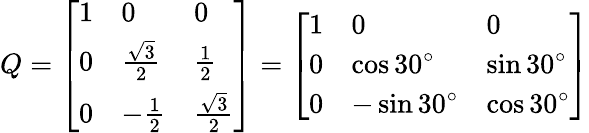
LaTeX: Q={\left[\begin{array}{lll}{1}&{0}&{0}\\ {0}&{{\frac{\sqrt{3}}{2}}}&{{\frac{1}{2}}}\\ {0}&{-{\frac{1}{2}}}&{{\frac{\sqrt{3}}{2}}}\end{array}\right]}={\left[\begin{array}{lll}{1}&{0}&{0}\\ {0}&{\cos 30^{\circ}}&{\sin 30^{\circ}}\\ {0}&{-\sin 30^{\circ}}&{\cos 30^{\circ}}\end{array}\right]}